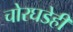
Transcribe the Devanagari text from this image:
चोरघडेही